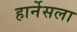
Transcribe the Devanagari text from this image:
हार्नेसला